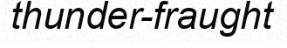
thunder-fraught